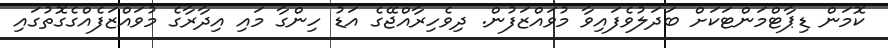
ކޮމަން ޑިޕާޓްމަންޓަކަށް ބަދަލުވެފައިވާ މުވައްޒަފުން. ދިވެހިރާއްޖޭގެ އަޑު ހިންގާ މައި އިދާރާގެ މުވައްޒަފެއްގެގޮތުގައި